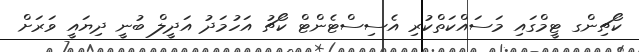
ކޯޗިންގ ޓީމްގައި މަސައްކަތްކުރި އެސިސްޓެންޓް ކޯޗު އަހުމަދު އަދީލް ބުނީ ދިޔައީ ވަރަށް